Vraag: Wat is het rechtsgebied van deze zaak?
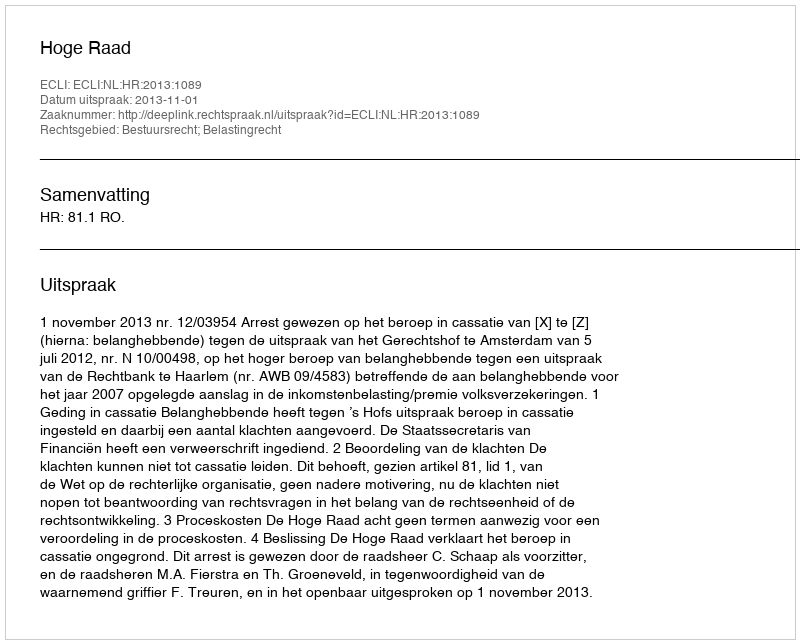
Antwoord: Bestuursrecht; Belastingrecht